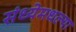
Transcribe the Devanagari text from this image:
संध्येमधल्या